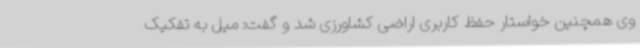
وی همچنین خواستار حفظ کاربری اراضی کشاورزی شد و گفت: میل به تفکیک